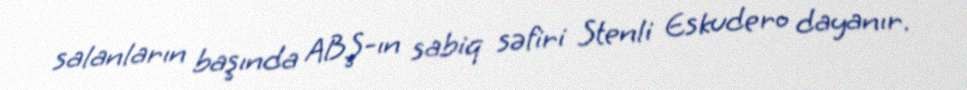
salanların başında ABŞ-ın sabiq səfiri Stenli Eskudero dayanır.